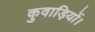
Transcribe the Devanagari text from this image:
कुवाड़ियों।